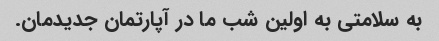
به سلامتی به اولین شب ما در آپارتمان جدیدمان.